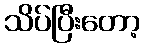
သိပ်ပြီးတော့